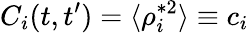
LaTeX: C_{i}(t,t^{\prime})=\langle\rho_{i}^{*2}\rangle\equiv c_{i}